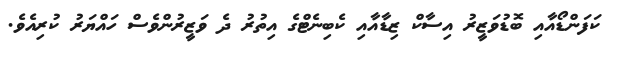
ކަފަންޑޯއާއި ބޮޑުވަޒީރު އިސާކް ޒިޑާއާއި ކެބިނެޓްގެ އިތުރު ދެ ވަޒީރުންވެސް ހައްޔަރު ކުރިއެވެ.